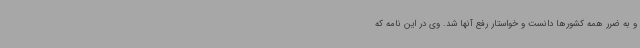
و به ضرر همه کشورها دانست و خواستار رفع آنها شد. وی در این نامه که